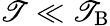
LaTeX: \mathscr{T}\ll\mathscr{T}_{\mathrm{{B}}}